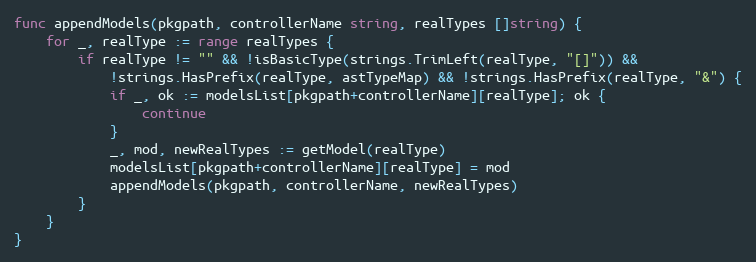
Language: Go
func appendModels(pkgpath, controllerName string, realTypes []string) {
	for _, realType := range realTypes {
		if realType != "" && !isBasicType(strings.TrimLeft(realType, "[]")) &&
			!strings.HasPrefix(realType, astTypeMap) && !strings.HasPrefix(realType, "&") {
			if _, ok := modelsList[pkgpath+controllerName][realType]; ok {
				continue
			}
			_, mod, newRealTypes := getModel(realType)
			modelsList[pkgpath+controllerName][realType] = mod
			appendModels(pkgpath, controllerName, newRealTypes)
		}
	}
}